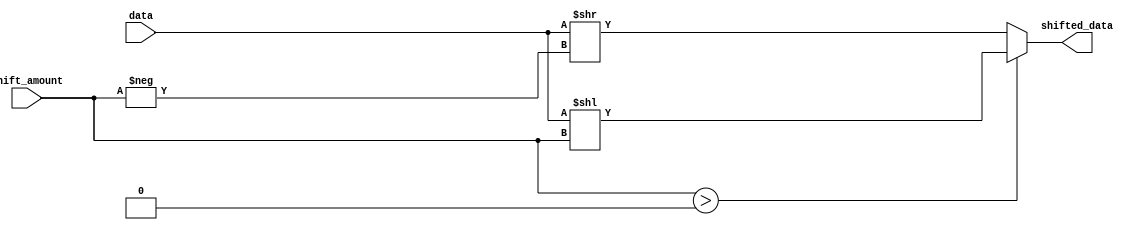
// Code your design here
module shift_operator (
    input wire [7:0] data,
    input wire [2:0] shift_amount,
    output reg [7:0] shifted_data
);

    // Define shift left function
    function [7:0] shift_left;
        input [7:0] d;
        input [2:0] amount;
        begin
            shift_left = d << amount;
        end
    endfunction

    // Define shift right function
    function [7:0] shift_right;
        input [7:0] d;
        input [2:0] amount;
        begin
            shift_right = d >> amount;
        end
    endfunction

    // Select shift direction based on the shift_amount
    always @* begin
        if (shift_amount[2:0] > 0)
            shifted_data = shift_left(data, shift_amount);
        else
            shifted_data = shift_right(data, -shift_amount);
    end

endmodule